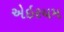
એઇરયમ